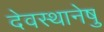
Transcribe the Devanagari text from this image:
देवस्थानेषु